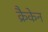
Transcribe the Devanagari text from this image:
क्रैकेन